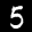
Label: 5